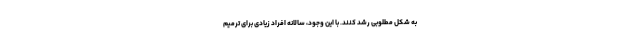
به شکل مطلوبی رشد کنند. با این وجود، سالانه افراد زیادی برای ترمیم